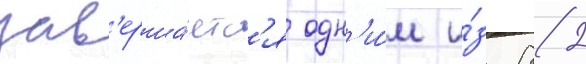
зав'ерша́етс'я одн'и́м и́з 82